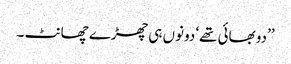
’’دو بھائی تھے‘ دونوں ہی چھڑے چھانٹ ۔